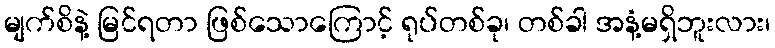
မျက်စိနဲ့ မြင်ရတာ ဖြစ်သောကြောင့် ရုပ်တစ်ခု၊ တစ်ခါ အနံ့မရှိဘူးလား၊